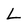
Character: L